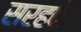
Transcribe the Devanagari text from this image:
सरहदौं